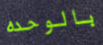
بالوحده